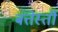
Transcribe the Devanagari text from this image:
बत्तेस्ती